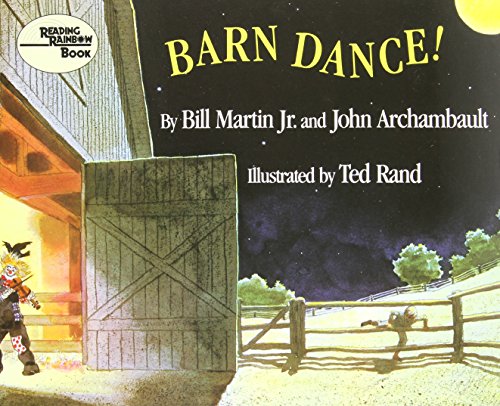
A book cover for Barn Dance! (Reading Rainbow); Bill Martin Jr.; Children's Books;